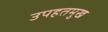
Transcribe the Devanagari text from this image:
उपहतमुख